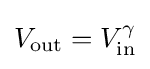
V_{\text{out}}=V_{\text{in}}^{\gamma }